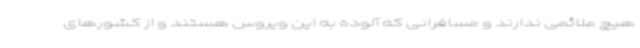
هیچ علائمی ندارند و مسافرانی که آلوده به این ویروس هستند و از کشورهای